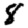
Digit: 8